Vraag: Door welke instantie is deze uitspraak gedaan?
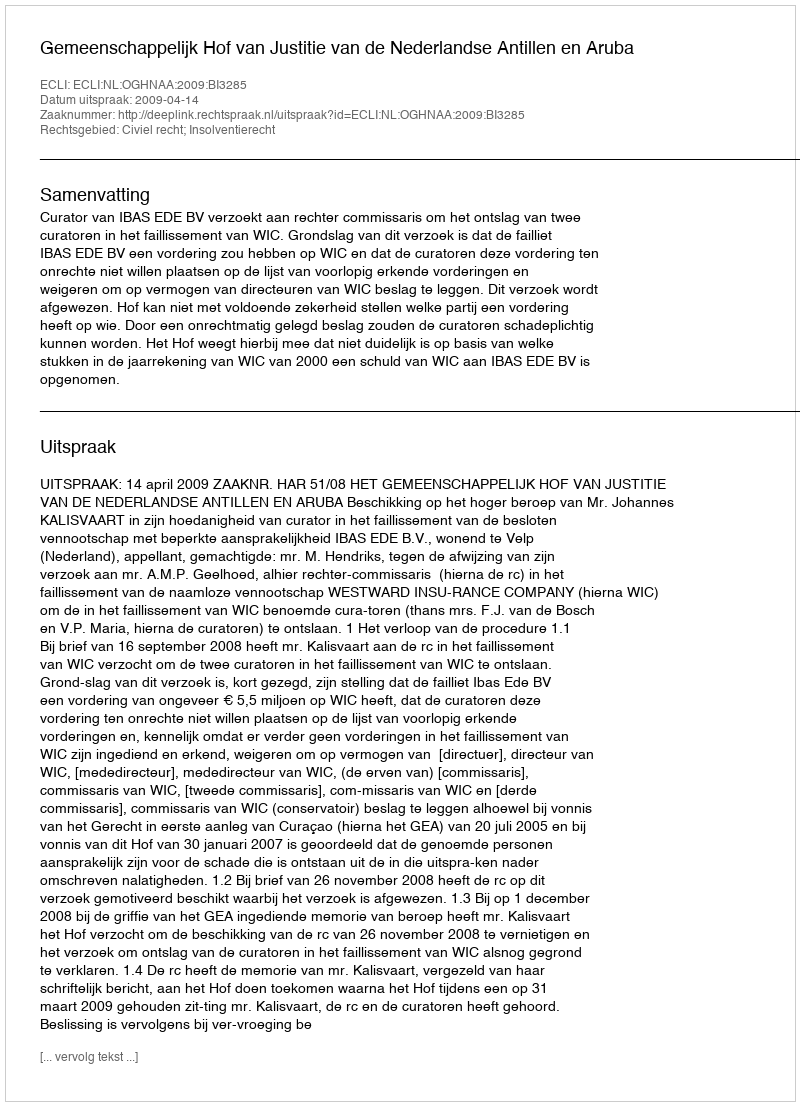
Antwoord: Gemeenschappelijk Hof van Justitie van de Nederlandse Antillen en Aruba